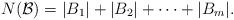
LaTeX: \begin{align*}N(\mathcal{B}) = |B_1|+|B_2|+\cdots+|B_m|.\end{align*}